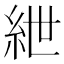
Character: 紲